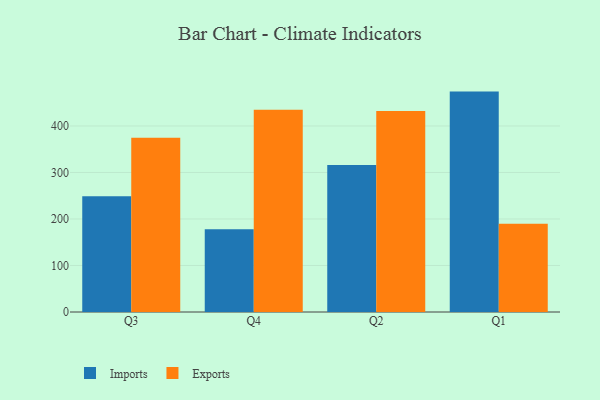
{"axis": {"x": "Quarter", "y": "Customer Acquisition Cost (USD)"}, "legend": ["Exports", "Imports"], "data": [{"x": "Q3", "y": 248.8, "type": "Imports"}, {"x": "Q3", "y": 374.5, "type": "Exports"}, {"x": "Q4", "y": 178.1, "type": "Imports"}, {"x": "Q4", "y": 435.1, "type": "Exports"}, {"x": "Q2", "y": 315.9, "type": "Imports"}, {"x": "Q2", "y": 432.0, "type": "Exports"}, {"x": "Q1", "y": 473.9, "type": "Imports"}, {"x": "Q1", "y": 189.5, "type": "Exports"}]}